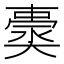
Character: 𡚀